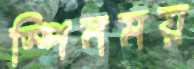
স্পিনময়